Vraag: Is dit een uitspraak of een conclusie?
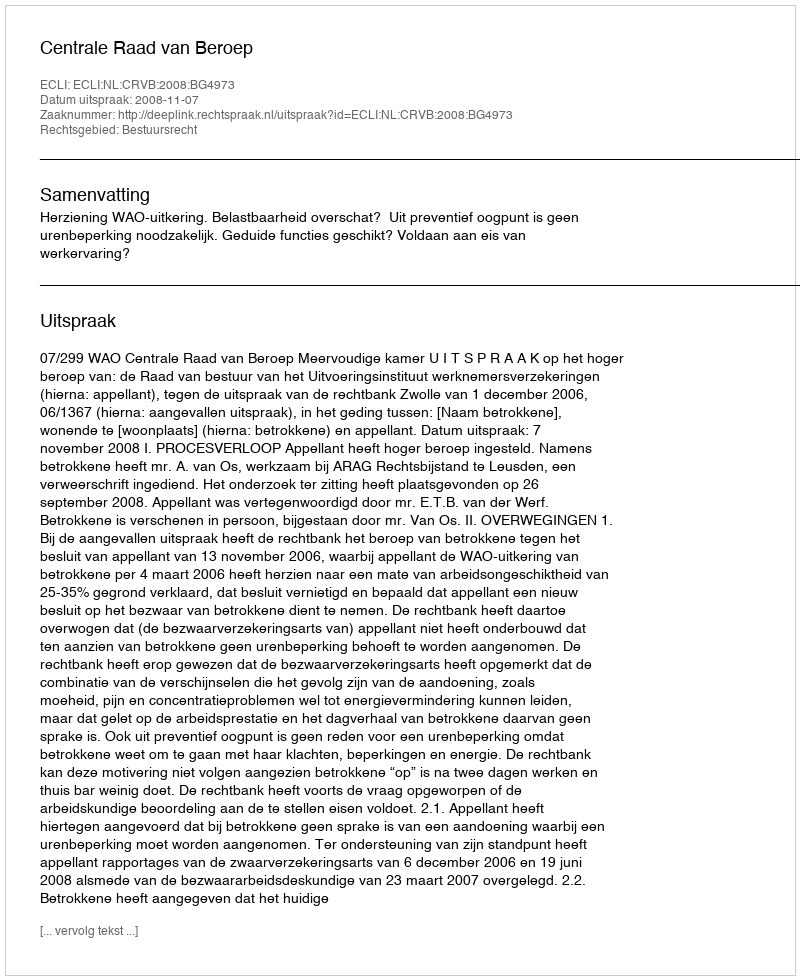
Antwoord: Uitspraak